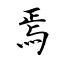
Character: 焉